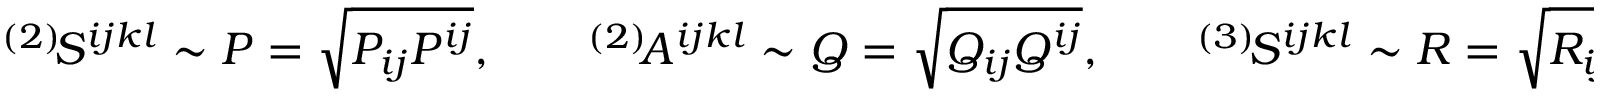
{ } ^ { ( 2 ) } \! S ^ { i j k l } \sim P = \sqrt { P _ { i j } P ^ { i j } } , \qquad { } ^ { ( 2 ) } \! A ^ { i j k l } \sim Q = \sqrt { Q _ { i j } Q ^ { i j } } , \qquad { } ^ { ( 3 ) } \! S ^ { i j k l } \sim R = \sqrt { R _ { i j k l } R ^ { i j k l } } .